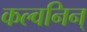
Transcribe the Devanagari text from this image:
कल्वनिन्